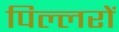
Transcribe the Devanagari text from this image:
पिल्लरों